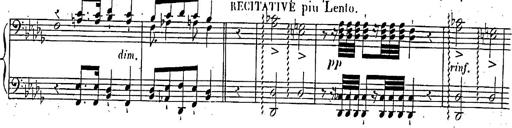
Title: Marche et Cavatine de Lucie de Lammermoor, S.398
Composer: Franz Liszt